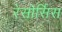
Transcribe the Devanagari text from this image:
रेसोर्सिस